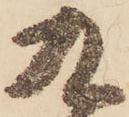
九